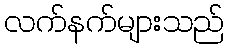
လက်နက်များသည်